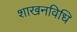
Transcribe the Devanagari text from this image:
शाखनविधि